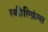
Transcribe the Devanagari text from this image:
स्कील्फ़िंग्स